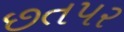
છતપર